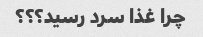
چرا غذا سرد رسید؟؟؟